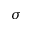
\sigma